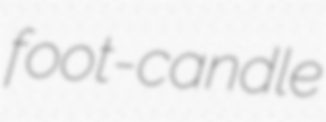
foot-candle